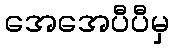
အေအေပီပီမှ